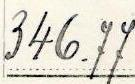
346.77